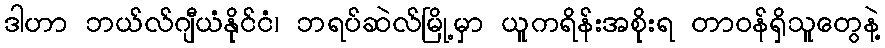
ဒါဟာ ဘယ်လ်ဂျီယံနိုင်ငံ၊ ဘရပ်ဆဲလ်မြို့မှာ ယူကရိန်းအစိုးရ တာဝန်ရှိသူတွေနဲ့